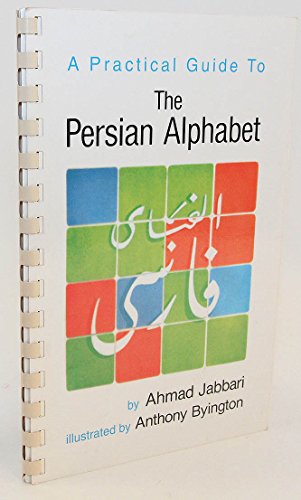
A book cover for Practical Guide to Persian Alphabet; Ahmad Jabbari; Romance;